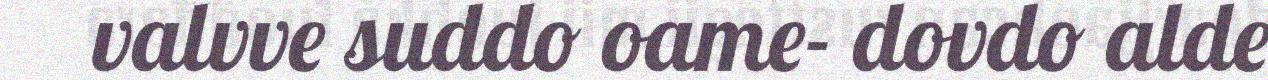
valvve suddo oame- dovdo alde